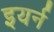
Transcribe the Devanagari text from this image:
इयर्न